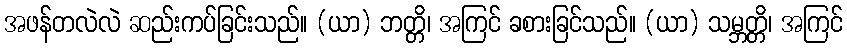
အဖန်တလဲလဲ ဆည်းကပ်ခြင်းသည်။ (ယာ) ဘတ္တိ၊ အကြင် ခစားခြင်သည်။ (ယာ) သမ္ဘတ္တိ၊ အကြင်